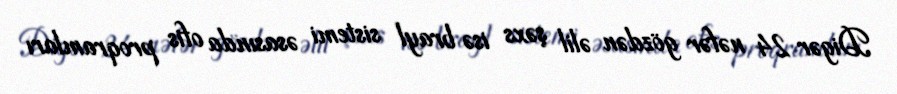
Digər 24 nəfər gözdən əlil şəxs isə brayl sistemi əsasında ofis proqramları